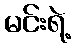
မင်းရဲ့